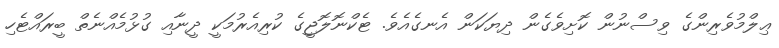
ޢިލްމުވެރިންގެ ވިސްނުން ކޮށިވެގެން ދިޔަކަން އެނގެއެވެ. ޓެކްނޮލޮޖީގެ ކުރިއެރުމަކީ ދީނާއި ގުޅުމެއްނެތް ބީރައްޓެހި